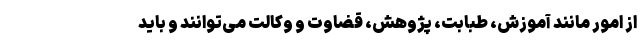
از امور مانند آموزش، طبابت، پژوهش، قضاوت و وکالت می‌توانند و باید